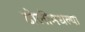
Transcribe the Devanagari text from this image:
ढोलीमधल्या